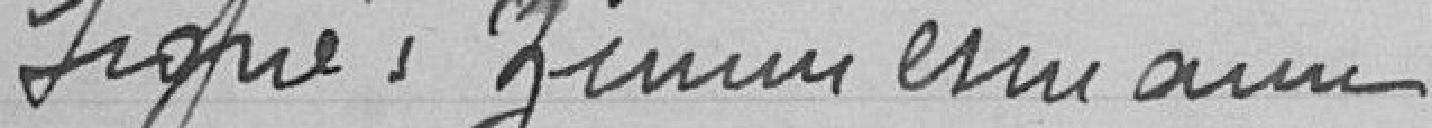
signé : Zimmermann